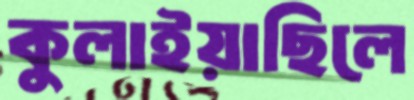
কুলাইয়াছিলে